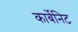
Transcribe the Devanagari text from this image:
कार्बेनिट